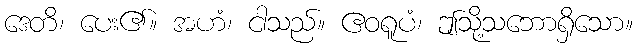
ဒေတိ၊ ပေး၏။ အဟံ၊ ငါသည်။ ဧဝရူပံ၊ ဤသို့သဘောရှိသော။